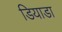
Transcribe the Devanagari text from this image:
डियाडा